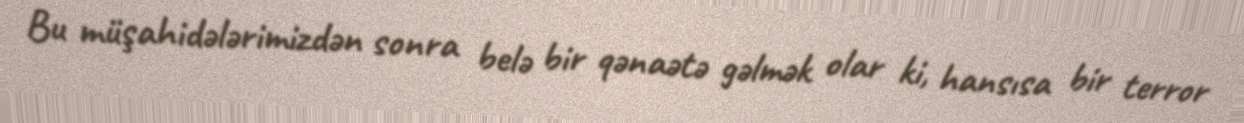
Bu müşahidələrimizdən sonra belə bir qənaətə gəlmək olar ki, hansısa bir terror